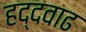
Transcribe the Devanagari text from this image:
हद्दवाढ